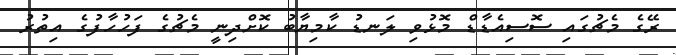
ރޭގެ މެޗުގައި ސޮސިއެޑާޑް މޮޅުވި ލަނޑު ކާމިޔާބު ކޮށްދިނީ މެޗުގެ ފަހުހާފުގެ އިތުރު